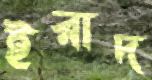
ইরাদ